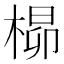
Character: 𪲺